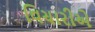
વિચારીએ